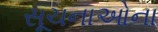
સૂચનાઓના